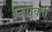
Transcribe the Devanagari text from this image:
नियुक्‍ती